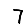
Digit: 7